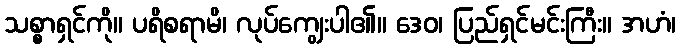
သစ္စာရှင်ကို။ ပရိစရာမိ၊ လုပ်ကျွေးပါ၏။ ဒေဝ၊ ပြည်ရှင်မင်းကြီး။ အဟံ၊